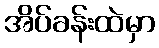
အိပ်ခန်းထဲမှာ